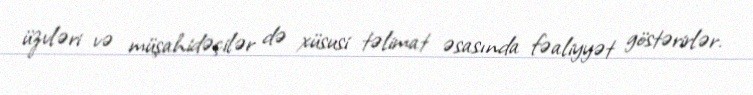
üzvləri və müşahidəçilər də xüsusi təlimat əsasında fəaliyyət göstərirlər.